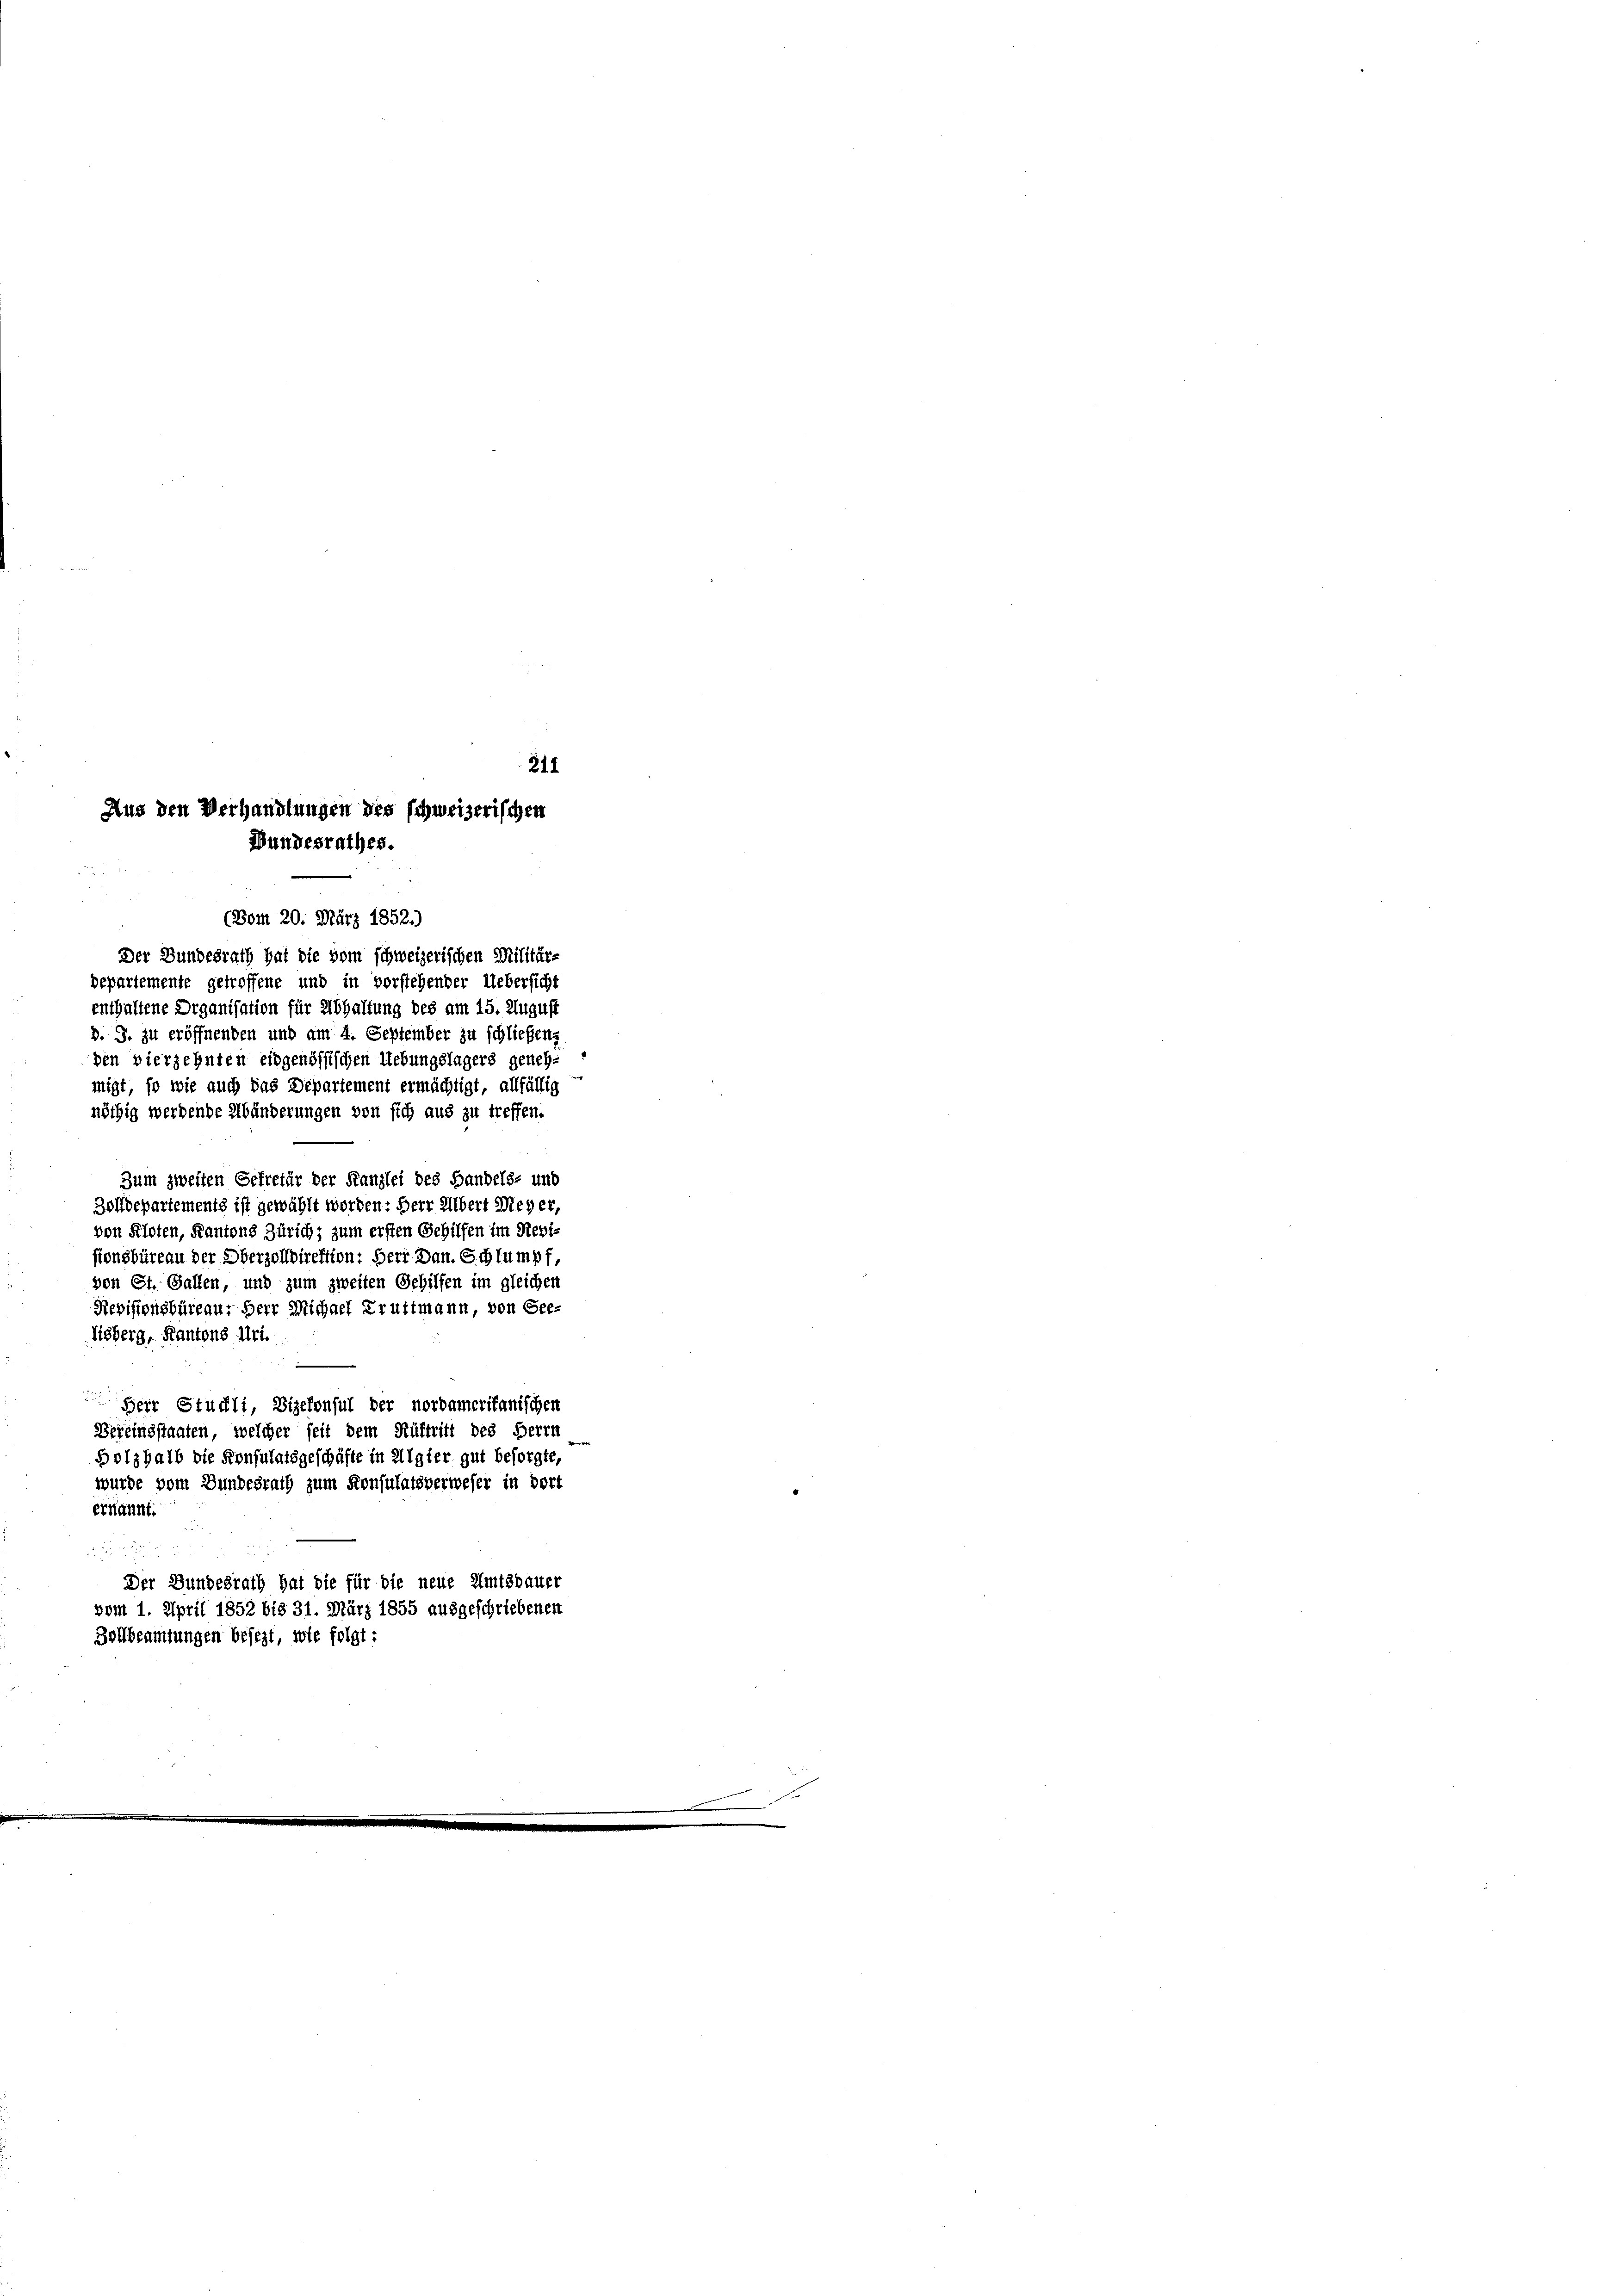
211
Aus den Verhandlungen des schweizerischen
Wundesrathes.
(Bom 20. März 1852.)

Der Bundesrath hat die vom schweizerischen Militär-
bepartemente getroffene und in vorstehender Uebersicht
enthaltene Organisation für Abhaltung des am 15. August
D. J. zu eröffnenden und am 4. September zu schließen,
den vierzehnten eidgenössischen Uebungslagers genehmigt, so wie auch das Departement ermächtigt, allfällig
nöthig werdende Abänderungen von sich aus zu treffen.
Zum zweiten Gefrefür der Kanzlei des Bandels- und
Zolldepartements ist gewählt worden: Herr Albert Weyer,
von Kloten, Kantons Zürich; zum ersten Gehilfen im Regi
sionsbüreau der Oberzolldirektion: Herr Dan. Schlumpf,
von St. Gallen, und zum zweiten Gehilfen im gleichen
Revisionsbüreau, Herr Michael Kruttmann, von Seelisberg, Kantons Uri.
Herr Stuckli, Vizekonsul der nordamerikanischen
Bereinsstaaten, welcher seit dem Rüftritt des Herrn
Bolzhalb die Konsulatsgeschäfte in Algier gut besorgte,
wurde vom Bundesrath zum Konsulatsverweser in dort
erkannt:

Der Bundesrath hat die für die neue Amtsdauer
vom 1. April 1852 bis 31. März 1855 ausgeschriebenen
Bollbeamtungen besezt, wie folgt: